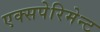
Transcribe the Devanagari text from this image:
एक्सपेरिमेन्ट